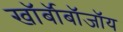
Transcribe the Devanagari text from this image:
खॉर्बॉबॉजॉय